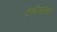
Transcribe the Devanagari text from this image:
टेलीसॉफ्ट